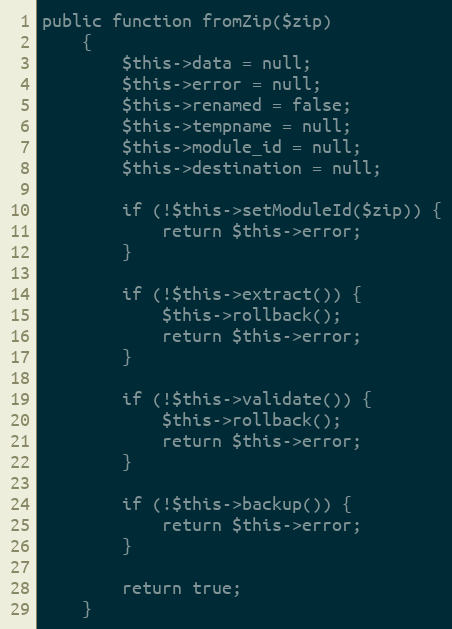
Language: PHP
public function fromZip($zip)
    {
        $this->data = null;
        $this->error = null;
        $this->renamed = false;
        $this->tempname = null;
        $this->module_id = null;
        $this->destination = null;

        if (!$this->setModuleId($zip)) {
            return $this->error;
        }

        if (!$this->extract()) {
            $this->rollback();
            return $this->error;
        }

        if (!$this->validate()) {
            $this->rollback();
            return $this->error;
        }

        if (!$this->backup()) {
            return $this->error;
        }

        return true;
    }